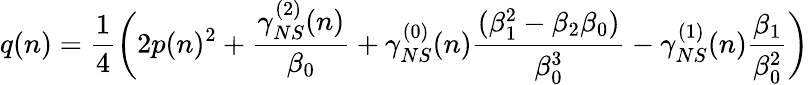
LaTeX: q(n)=\frac{1}{4}\bigg(2p(n)^{2}+\frac{\gamma_{NS}^{(2)}(n)}{\beta_{0}}+\gamma_{NS}^{(0)}(n)\frac{(\beta_{1}^{2}-\beta_{2}\beta_{0})}{\beta_{0}^{3}}-\gamma_{NS}^{(1)}(n)\frac{\beta_{1}}{\beta_{0}^{2}}\bigg)